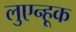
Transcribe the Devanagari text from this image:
लुएन्हूक